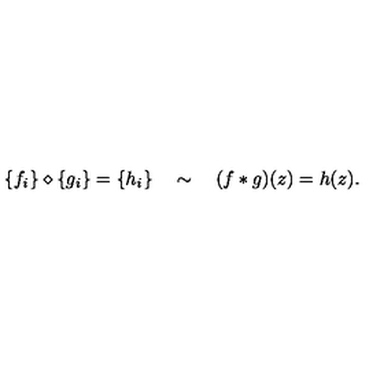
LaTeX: \{ f _ { i } \} \diamond \{ g _ { i } \} = \{ h _ { i } \} \quad \sim \quad ( f * g ) ( z ) = h ( z ) .